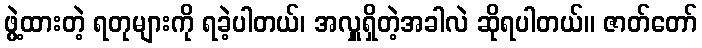
ဖွဲ့ထားတဲ့ ရတုများကို ရခဲ့ပါတယ်၊ အလှူရှိတဲ့အခါလဲ ဆိုရပါတယ်။ ဇာတ်တော်